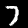
Digit: 7